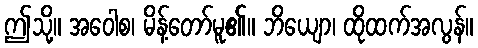
ဤသို့။ အဝေါစ၊ မိန့်တော်မူ၏။ ဘိယျော၊ ထိုထက်အလွန်။